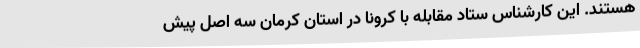
هستند. این کارشناس ستاد مقابله با کرونا در استان کرمان سه اصل پیش